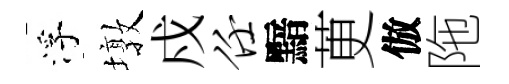
浮墩戍任黯茰倣陁